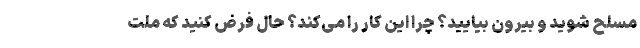
مسلح شوید و بیرون بیایید؟ چرا این کار را می‌کند؟ حال فرض کنید که ملت